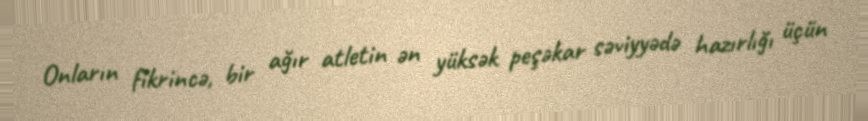
Onların fikrincə, bir ağır atletin ən yüksək peşəkar səviyyədə hazırlığı üçün